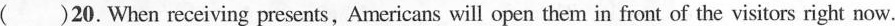
()20.When receiving presents,Americans will open them in front of the visitors right now.